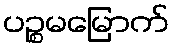
ပဉ္စမမြောက်